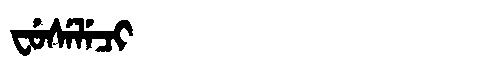
Manchu: ᠸᡠᠰᡝᠯᡝᠴᡳ
Romanization: FUSELECI